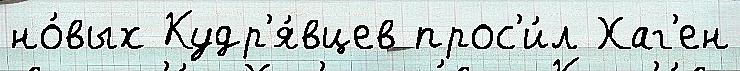
но́вых Кудр'я́вцев прос'и́л Хаг'ен